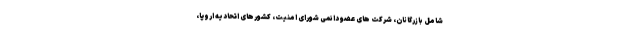
شامل بازرگانان، شرکت های عضو دائمی شورای امنیت، کشورهای اتحادیه اروپا،